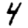
Digit: 4